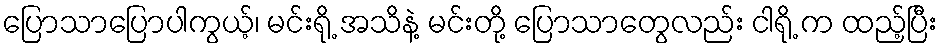
ပြောသာပြောပါကွယ့်၊ မင်းရို့ အသိနဲ့ မင်းတို့ ပြောသာတွေလည်း ငါရို့ က ထည့်ပြီး